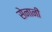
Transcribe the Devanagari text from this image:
सेनानीं